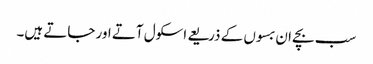
سب بچے ان بسوں کے ذریعے اسکول آتے اور جاتے ہیں۔